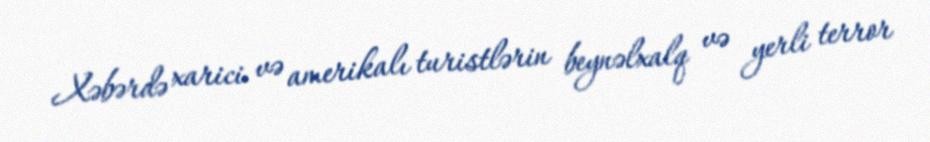
Xəbərdə xarici və amerikalı turistlərin beynəlxalq və yerli terror